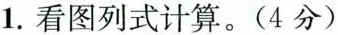
1.看图列式计算。(4分)